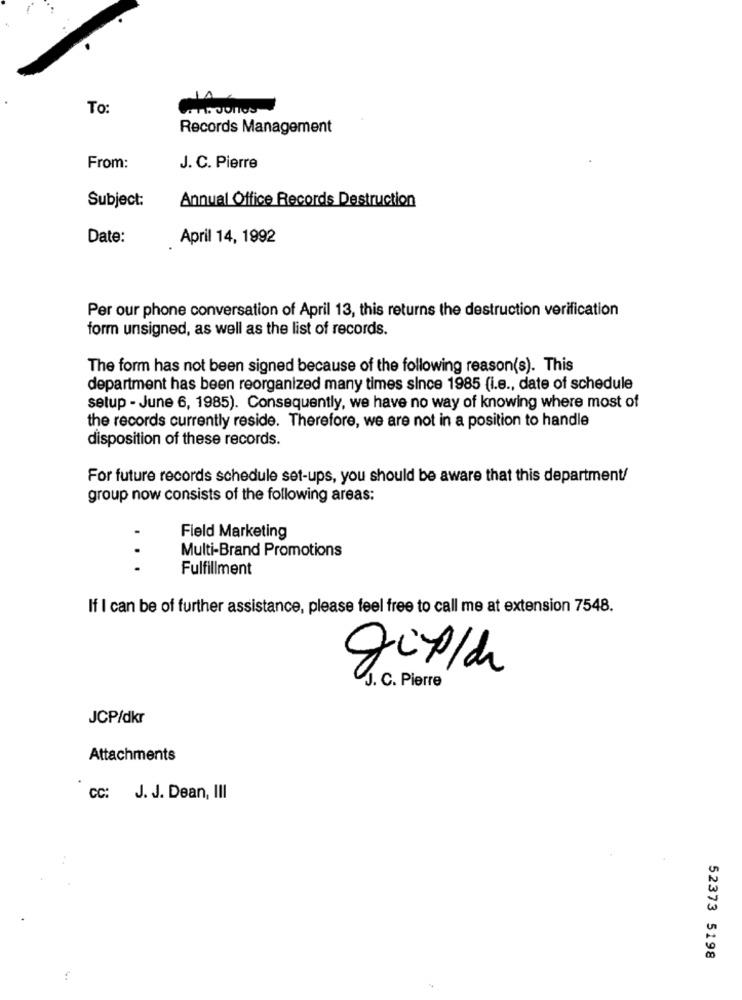
To:
Records Management
From:
J. C. Pierre
Subject:
Annual Office Records Destruction
Date:
April 14, 1992
Per our phone conversation of April 13, this returns the destruction verification
form unsigned, as well as the list of records.
The form has not been signed because of the following reason(s). This
department has been reorganized many times since 1985 (i.e ., date of schedule
setup - June 6, 1985). Consequently, we have no way of knowing where most of
the records currently reside. Therefore, we are not in a position to handle
disposition of these records.
For future records schedule set-ups, you should be aware that this department/
group now consists of the following areas:
Field Marketing
Multi-Brand Promotions
...
Fulfillment
If I can be of further assistance, please feel free to call me at extension 7548.
J. C. Pierre
JCP/dkr
Attachments
CC: J. J. Dean, III
52373 5198